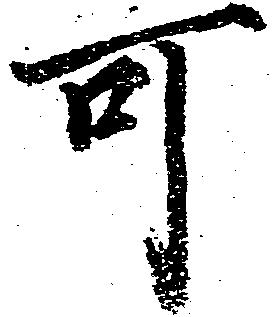
可